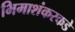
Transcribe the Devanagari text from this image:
भिमाशंकरकडे